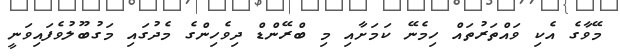
މޭވާގެ އެކި ވައްތަރުތައް ހިމެނޭ ކަމަށާއި މި ބްރޭންޑް ދިވެހިންގެ މެދުގައި މަގުބޫލުވެފައިވަނީ